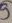
Text: 3